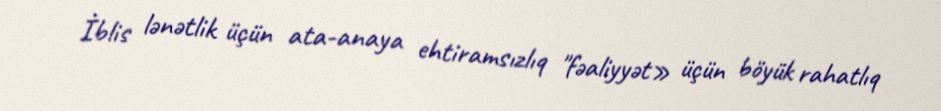
İblis lənətlik üçün ata-anaya ehtiramsızlıq "fəaliyyət» üçün böyük rahatlıq